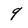
Character: 9